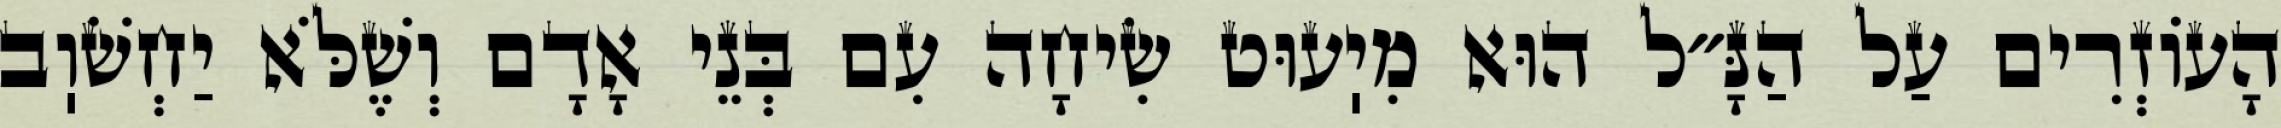
הָעוֹזְרִים עַל הַנָּ״ל הוּא מִיֽעוּט שִׂיחָה עִם בְּנֵי אָדָם וְשֶׁלֹּא יַחְשֹׁוֽב